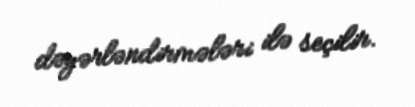
dəyərləndirmələri ilə seçilir.